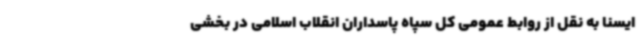
ایسنا به نقل از روابط عمومی کل سپاه پاسداران انقلاب اسلامی در بخشی